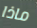
ماذا